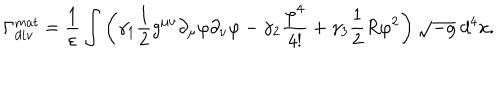
\Gamma _ { d i v } ^ { m a t } = \frac { 1 } { \varepsilon } \int \left( \gamma _ { 1 } \frac { 1 } { 2 } g ^ { \mu \nu } \partial _ { \mu } \varphi \partial _ { \nu } \varphi - \gamma _ { 2 } \frac { \varphi ^ { 4 } } { 4 ! } + \gamma _ { 3 } \frac { 1 } { 2 } R \varphi ^ { 2 } \right) \sqrt { - g } ~ d ^ { 4 } x .